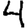
Digit: 4